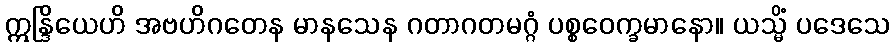
ဣန္ဒြိယေဟိ အဗဟိဂတေန မာနသေန ဂတာဂတမဂ္ဂံ ပစ္စဝေက္ခမာနော။ ယသ္မိံ ပဒေသေ